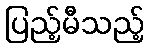
ပြည့်မီသည့်